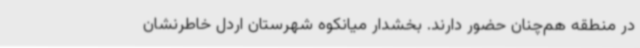
در منطقه هم‌چنان حضور دارند. بخشدار میانکوه شهرستان اردل خاطرنشان